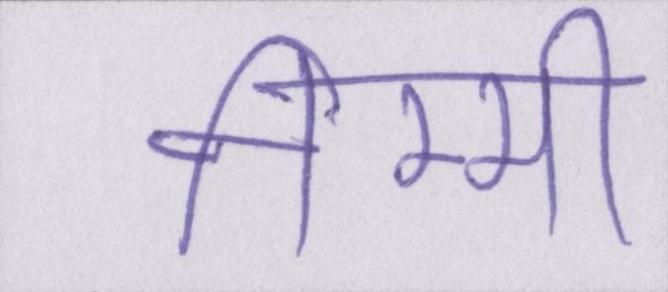
निम्मी